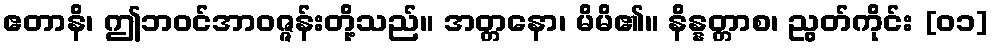
ဧတာနိ၊ ဤဘဝင်အာဝဇ္ဇန်းတို့သည်။ အတ္တနော၊ မိမိ၏။ နိန္နတ္တာစ၊ ညွတ်ကိုင်း [၀၁]